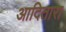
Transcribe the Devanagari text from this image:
आदितारा